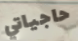
حاجياتي